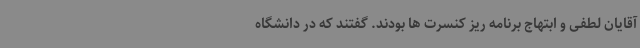
آقایان لطفی و ابتهاج برنامه ریز کنسرت ها بودند. گفتند که در دانشگاه